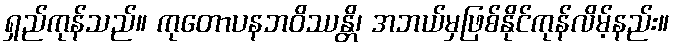
ရှည်ကုန်သည်။ ကုတောပနဘဝိဿန္တိ၊ အဘယ်မှဖြစ်နိုင်ကုန်လိမ့်နည်း။